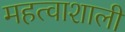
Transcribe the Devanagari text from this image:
महत्वाशाली